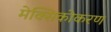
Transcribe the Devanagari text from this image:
मेक्सिकोकरण